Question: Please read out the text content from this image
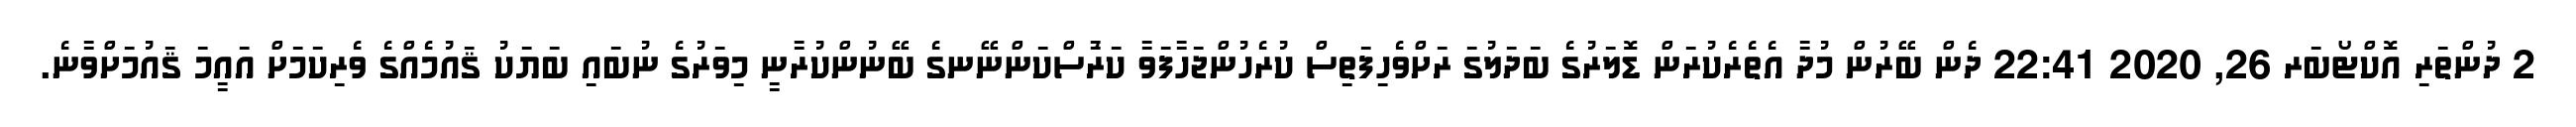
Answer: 2 ދުންތަރި އޮކްޓޯބަރ 26, 2020 22:41 ދެން ބޭރުން މުދާ އެތެރެކުރަން ޑޮލަރުގެ ބަދަލުގަ ރަށްވެހިފަތިސް ކުރެހުންޖަހާފަވާ ކަރުާސްކަންނޭނގެ ބޭނުންކުރާނީ މިވަރުގެ ނުބައި ބަޔަކު ޤައުމެއްގެ ވެރިކަމަށް އައީމަ ޤައުމަށްވާނެ.